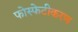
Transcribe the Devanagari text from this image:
फोस्फेटीकरण